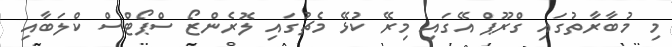
މި މުބާރާތުގައި ގްރޫޕް އޭގައި މިރޭ ކުޅޭ މެޗުގައި ލޮރެންޒޯ ސްޕޯޓްސް ކްލަބާއި